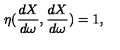
\eta ( \frac { d X } { d \omega } , \frac { d X } { d \omega } ) = 1 ,